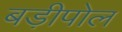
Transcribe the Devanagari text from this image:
बड़ीपोल